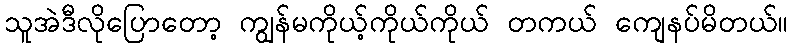
သူအဲဒီလိုပြောတော့ ကျွန်မကိုယ့်ကိုယ်ကိုယ် တကယ် ကျေနပ်မိတယ်။